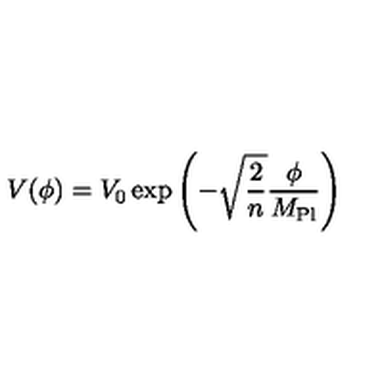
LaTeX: V ( \phi ) = V _ { 0 } \exp \left( - \sqrt { \frac { 2 } { n } } \frac { \phi } { M _ { \mathrm { P l } } } \right)